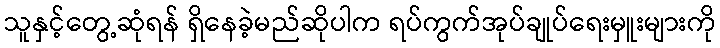
သူနှင့်တွေ့ဆုံရန် ရှိနေခဲ့မည်ဆိုပါက ရပ်ကွက်အုပ်ချုပ်ရေးမှူးများကို